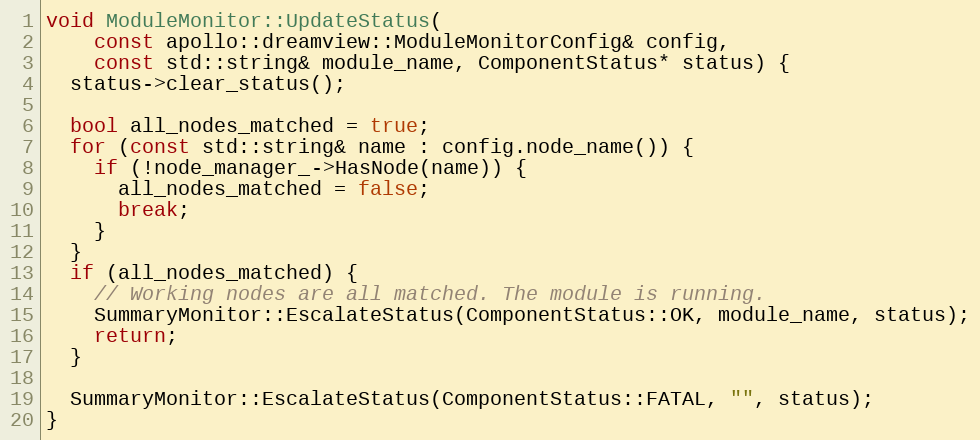
Language: C++
void ModuleMonitor::UpdateStatus(
    const apollo::dreamview::ModuleMonitorConfig& config,
    const std::string& module_name, ComponentStatus* status) {
  status->clear_status();

  bool all_nodes_matched = true;
  for (const std::string& name : config.node_name()) {
    if (!node_manager_->HasNode(name)) {
      all_nodes_matched = false;
      break;
    }
  }
  if (all_nodes_matched) {
    // Working nodes are all matched. The module is running.
    SummaryMonitor::EscalateStatus(ComponentStatus::OK, module_name, status);
    return;
  }

  SummaryMonitor::EscalateStatus(ComponentStatus::FATAL, "", status);
}